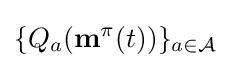
\{Q_{a}({\bf {m}}^{\pi }(t))\}_{a\in {\mathcal {A}}}